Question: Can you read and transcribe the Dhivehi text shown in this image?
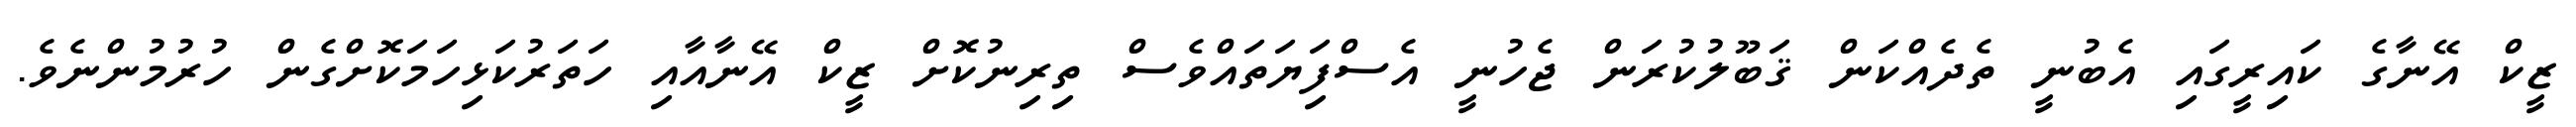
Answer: ޒީކް އޭނާގެ ކައިރީގައި އެބުނީ ތެދެއްކަން ޤަބޫލުކުރަން ޖެހުނީ އެސްފިަޔަތައްވެސް ތިރިނުކޮށް ޒީކް އޭނާއާއި ހަތަރުކަޅިހަމަކޮށްގެން ހުރުމުންނެވެ.